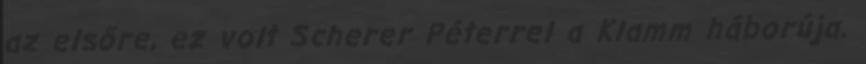
az elsőre, ez volt Scherer Péterrel a Klamm háborúja.